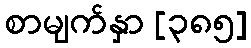
စာမျက်နှာ [၃၈၅]